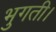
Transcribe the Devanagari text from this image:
भुगती।